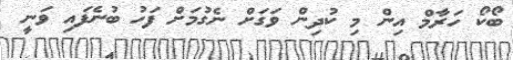
ބޯކޯ ހަރާމް އިން މި ކުދިން ވަގަށް ނެގުމަށް ފަހު ބުނެފައި ވަނީ